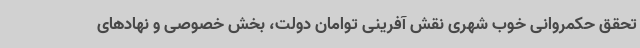
تحقق حکمروانی خوب شهری نقش آفرینی توامان دولت، بخش خصوصی و نهادهای